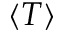
\left< T \right>